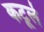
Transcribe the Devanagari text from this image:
कटूले